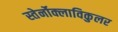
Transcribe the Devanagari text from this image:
स्तेर्नोक्लाविकुलर